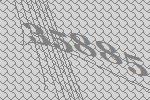
35885